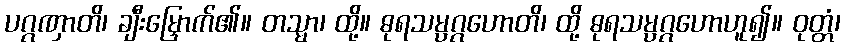
ပဂ္ဂဏှာတိ၊ ချီးမြှောက်၏။ တသ္မာ၊ ထို့။ ဓုရသမ္ပဂ္ဂဟောတိ၊ ထို့ ဓုရသမ္ပဂ္ဂဟောဟူ၍။ ဝုတ္တံ၊